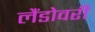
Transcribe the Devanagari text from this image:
लैंडोवरी